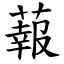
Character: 蕔